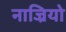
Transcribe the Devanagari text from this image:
नाज्रियो